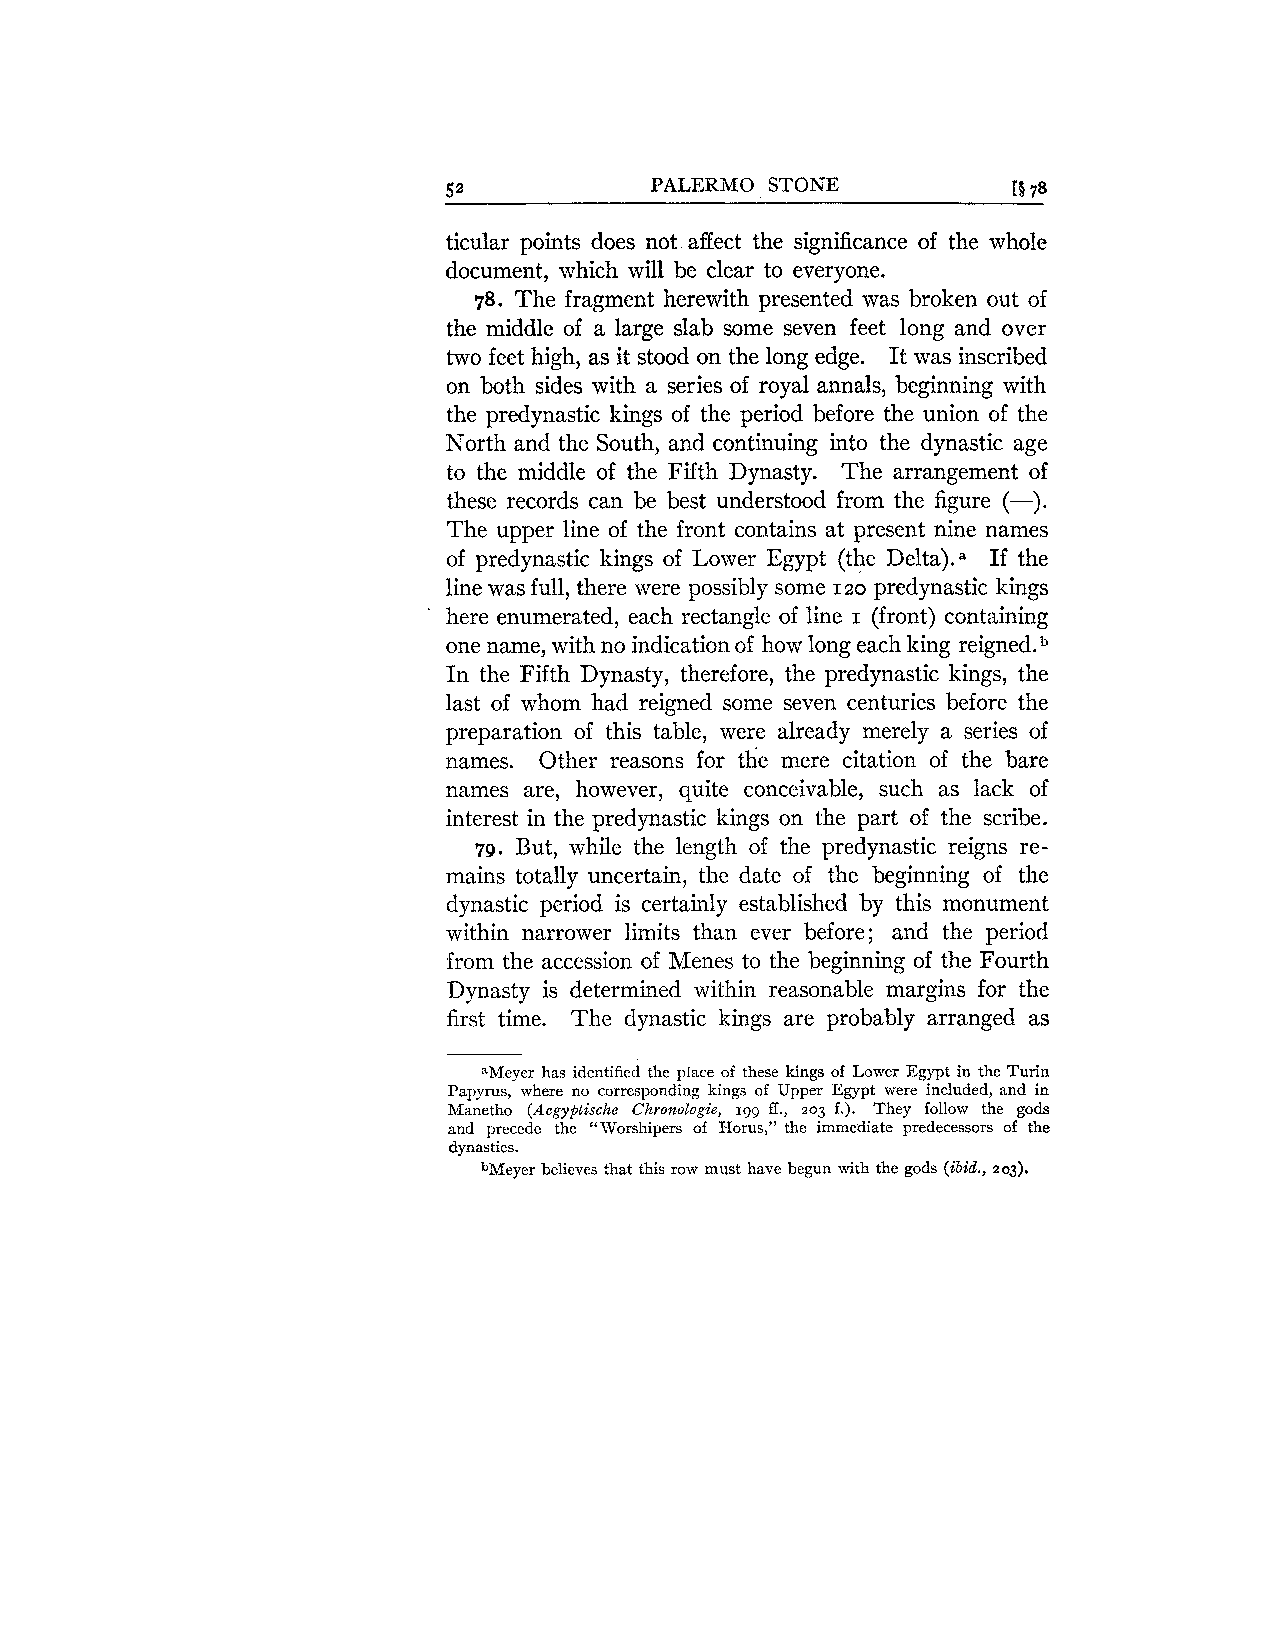
52           PALERMO STONE           [! 78
 ticular points does not affect the significance of the whole
 document, which will be clear to everyone.
 78. The fragment herewith presented was broken out of
 the middle of a large slab some seven feet long and over
 two feet high, as it stood on the long edge. It was inscribed
 on both sides with a series of royal annals, beginning with
 the predynastic kings of the period before the union of the
 North and the South, and continuing into the dynastic age
 to the middle of the Fifth Dynasty. The arrangement of
 these records can be best understood from the figure (-).
 The upper line of the front contains at present nine names
 of predynastic kings of Lower Egypt (the Delta).a If the
 line was full, there were possibly some 120 predynastic kings
 here enumerated, each rectangle of line (front) containing
 I
 one name, with no indication of how long each king reigned.b
 In the Fifth Dynasty, therefore, the predynastic kings, the
 last of whom had reigned some seven centuries before the
 preparation of this table, were already merely a series of
 names. Other reasons for the mere citation of the bare
 names are, however, quite conceivable, such as lack of
 interest in the predynastic kings on the part of the scribe.
 79. But, while the length of the predynastic reigns re-
 mains totally uncertain, the date of the beginning of the
 dynastic period is certainly established by this monument
 within narrower limits than ever before; and the period
 from the accession of Menes to the beginning of the Fourth
 Dynasty is determined within reasonable margins for the
 first time. The dynastic kings are probably arranged as
 aMeyer has identified the place of these kings of Lower Egypt in the Turin
 Papyrus, where no corresponding kings of Upper Egypt were included, and in
 Manetho (Aegyptische Chronologie, 1-99 ff., 203 f.). They follow the gods
 and precede the "Worshipers of Horus, the immediate predecessors of the
 dynasties.
 bMeyer believes :hat this row must have begun with the gods (ibid., 203).